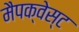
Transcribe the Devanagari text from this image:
मैपक्वेस्ट